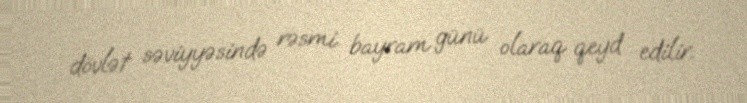
dövlət səviyyəsində rəsmi bayram günü olaraq qeyd edilir.